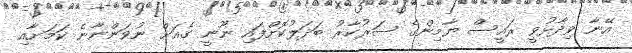
އޭނާ ވިދާޅުވީ ރައީސް ޔާމިންގެ ސަރުކާރު ބަދަލުކޮށްފައި ނޫނީ ގެއަށް ނުވަންނާނެ ކަމަށާއި